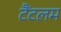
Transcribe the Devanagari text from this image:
टैंटलम